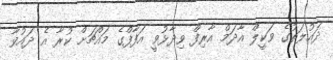
ދައުލަތުގެ ވަކީލް އާދަމް އާރިފް ވިދާޅުވީ އަފާފްގެ މައްޗަށް ކުރާ އެ ދައުވާ